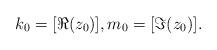
LaTeX: \begin{align*}k_0 = [\Re(z_0)], m_0 = [\Im(z_0)].\end{align*}